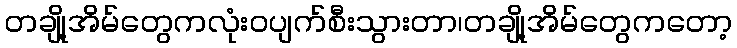
တချို့အိမ်တွေကလုံးဝပျက်စီးသွားတာ၊တချို့အိမ်တွေကတော့